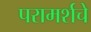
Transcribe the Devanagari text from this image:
परामर्शचे